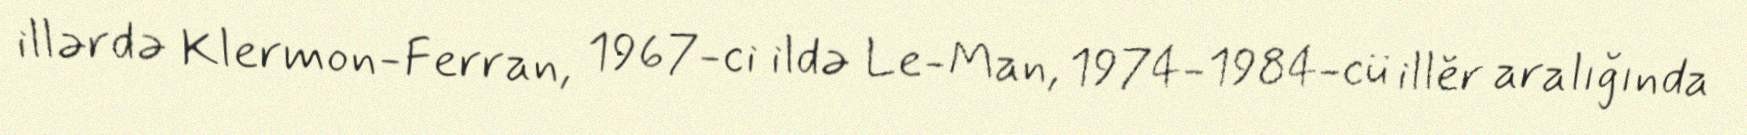
illərdə Klermon-Ferran, 1967-ci ildə Le-Man, 1974-1984-cü illĕr aralığında